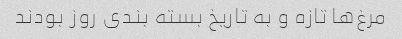
مرغ‌ها تازه و به تاریخ بسته بندی روز بودند